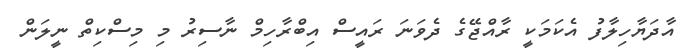
އާދަޔާހިލާފު އެކަމަކީ ރާއްޖޭގެ ދެވަނަ ރައީސް އިބްރާހިމް ނާސިރު މި މިސްކިތް ނީލަން